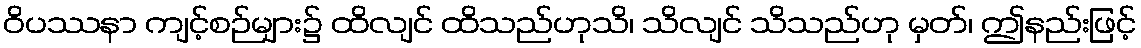
ဝိပဿနာ ကျင့်စဉ်များ၌ ထိလျင် ထိသည်ဟုသိ၊ သိလျင် သိသည်ဟု မှတ်၊ ဤနည်းဖြင့်